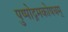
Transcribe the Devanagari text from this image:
पुष्पोद्गमकोषधम्